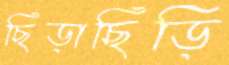
ছিঁড়াছিঁড়ি